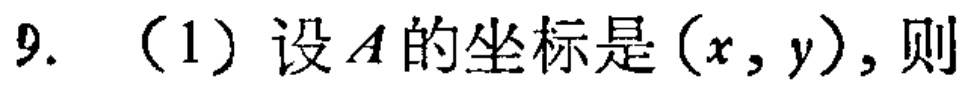
9. （1）设\(A\)的坐标是\((x,y)\)，则